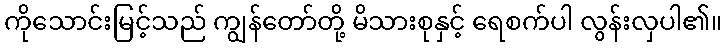
ကိုသောင်းမြင့်သည် ကျွန်တော်တို့ မိသားစုနှင့် ရေစက်ပါ လွန်းလှပါ၏။